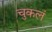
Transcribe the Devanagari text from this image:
चुकलं